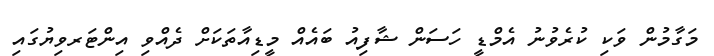
މަގާމުން ވަކި ކުރެވުނު އެމްޑީ ހަސަން ޝާފިއު ބައެއް މީޑިއާތަކަށް ދެއްވި އިންޓަރވިޔުގައި